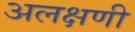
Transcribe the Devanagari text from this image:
अलक्षणी